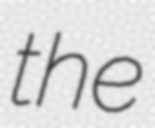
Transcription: the